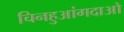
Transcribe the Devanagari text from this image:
चिनहुआंगदाओ